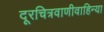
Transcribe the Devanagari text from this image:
दूरचित्रवाणीवाहिन्या